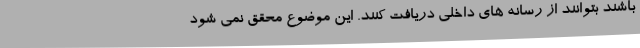
باشند بتوانند از رسانه های داخلی دریافت کنند. این موضوع محقق نمی شود